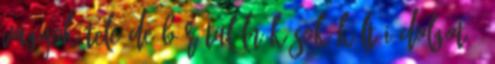
vagyok tele De bár találnék sok költői dolgot –